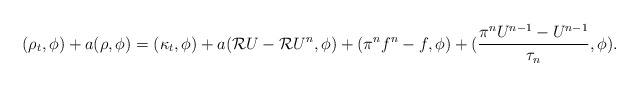
\begin{align*}(\rho_t,\phi)+a(\rho,\phi)=(\kappa_t,\phi)+a({\cal R}U-{\cal R}U^n,\phi)+(\pi^nf^n-f,\phi)+(\frac{\pi^n U^{n-1}-U^{n-1}}{\tau_n},\phi).\end{align*}